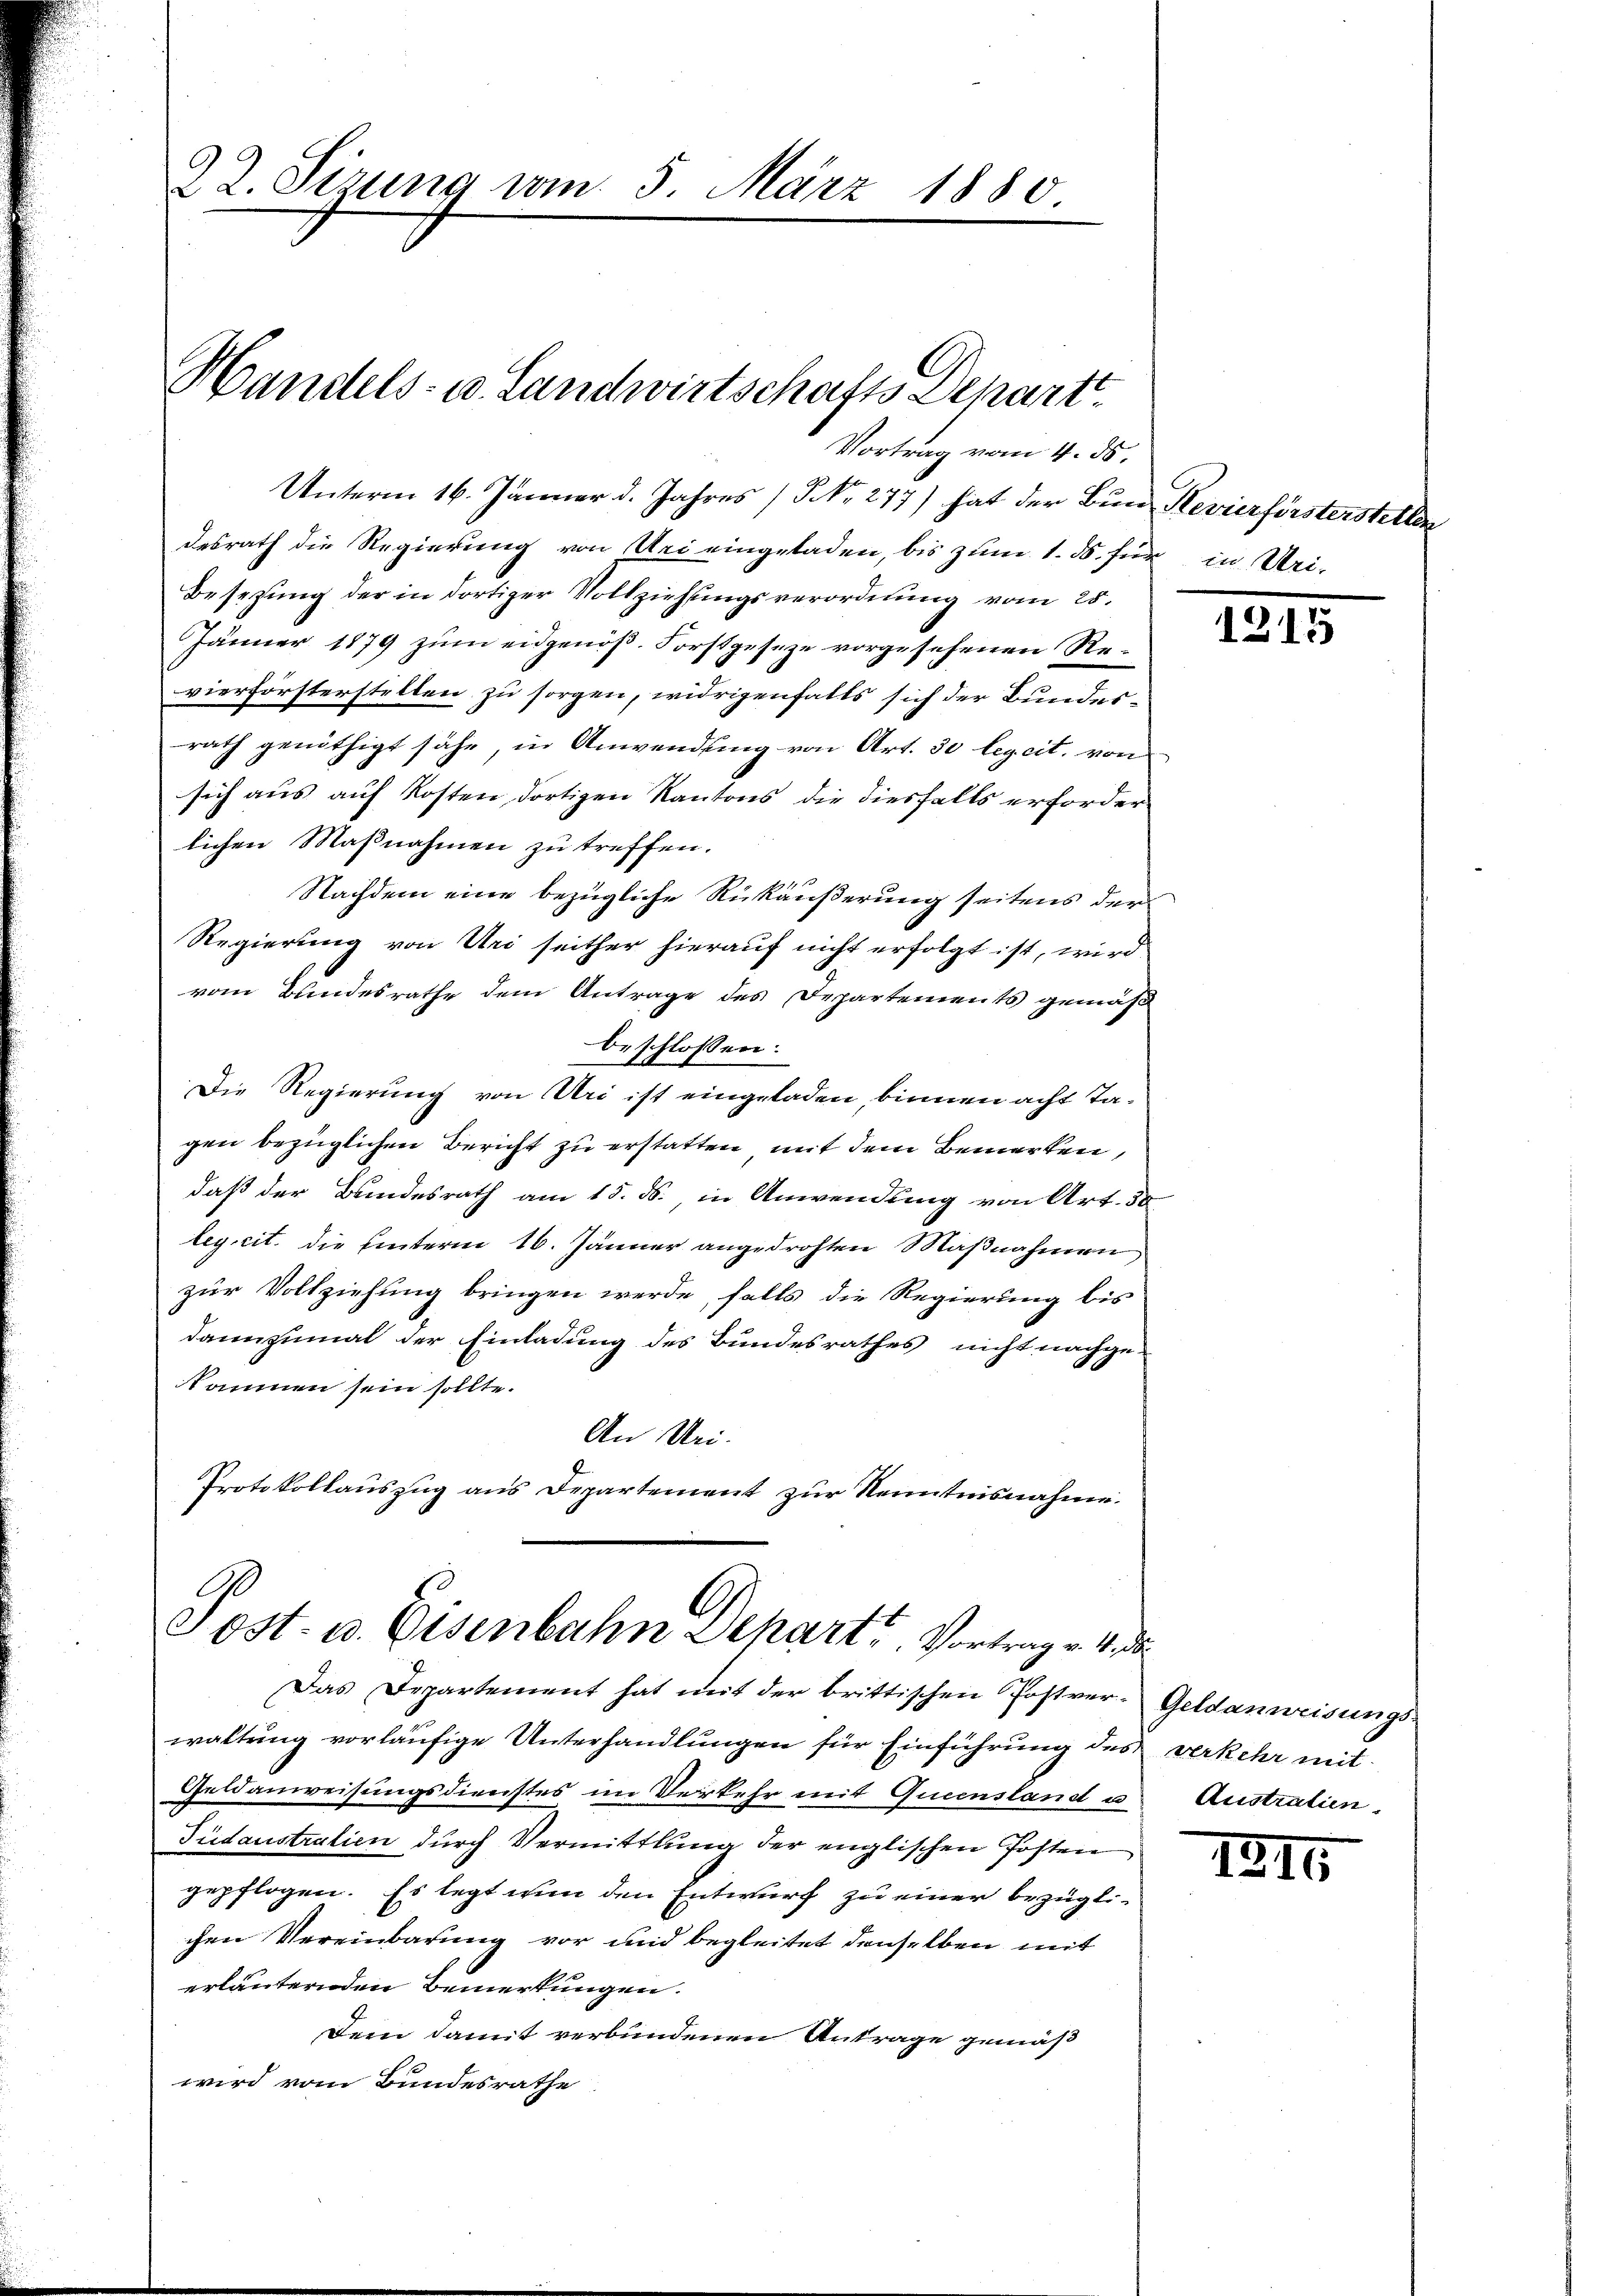
Unterm 16. Jänner d. Jahres (§ NNo. 277) hat der Bund Revierförsterstellen
desrath die Regierung von Uri eingeladen, bis zum 1. ds. für in Uri-
Besetzung der in dortiger Vollziehungsverordnung vom 25.
Jänner 1879 zum eidgenöß. Forstgeseze vorgesehenen Revierförsterstellen zu sorgen, widrigenfalls sich der Bundesrath genöthigt sähe, in Anwendung von Art. 30 legcit. von
sich aus auf Kosten dortigen Kantons die diesfalls erforder
lichen Maßnahmen zu treffen.
Nachdem eine bezügliche Rükäußerung seitens der¬
Regierung von Uri seither hierauf nicht erfolgt ist, wird
vom Bundesrathe dem Antrage des Departements gemäß
beschlossen:
Die Regierung von Uri ist eingeladen, binnen acht Tagen bezüglichen Bericht zu erstatten, mit dem Bemerken,
daß der Bundesrath am 15. ds. in Anwendung von Art. 50
ley cit. die hinterm 16. Jänner angedrohten Maßnahmen
zur Vollziehung bringen werde, falls die Regierung bis
dannzumal der Einladung des Bundesrathes nicht nachge-
kommen sein sollte.
An Uri.
Protokollauszug aus Departement zur Kenntnisnahme.

22. Sizung vom 5. März 1880

Handels- u. Landwirtschafts Depart

Post. u. Eisenbahn Depart. Vortrage 4

Vortrag vom 4. ds.

Das Departement hat mit der brittischen Postver- Geldanweisungs-
waltung vorläufige Unterhandlungen für Einführung des verkehr mit
Geldanweisungsdienstes im Verkehr mit Queensland u Austratien,
Tudaustralien durch Vermittlung der englischen Posten
gepflogen. Es legt nun den Entwurf zu einer bezügli-
chen Vereinbarung vor und begleitet denselben mit
erläuternden Bemerkungen.
Dem damit verbundenen Antrage gemäß
wird vom Bundesrathe

h

1215

1215